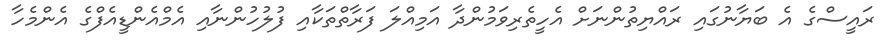
ރައީސްގެ އެ ބަޔާނުގައި ރައްޔިތުންނަށް އެހީތެރިވަމުންދާ އަމިއްލަ ފަރާތްތަކާއި ފުލުހުންނާއި އެމްއެންޑީއެފްގެ އެންމެހާ